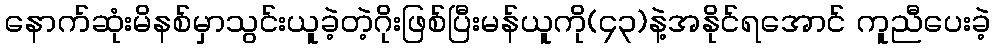
နောက်ဆုံးမိနစ်မှာသွင်းယူခဲ့တဲ့ဂိုးဖြစ်ပြီးမန်ယူကို(၄၃)နဲ့အနိုင်ရအောင် ကူညီပေးခဲ့